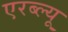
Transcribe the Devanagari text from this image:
एरब्ल्यू